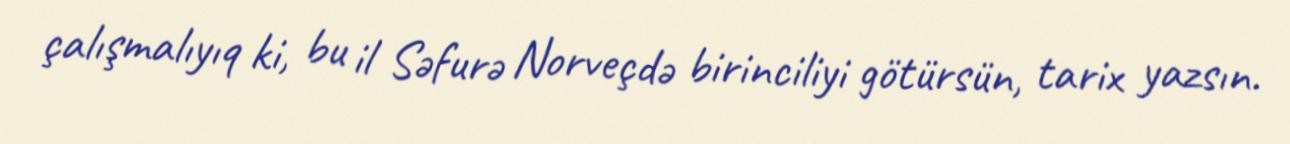
çalışmalıyıq ki, bu il Səfurə Norveçdə birinciliyi götürsün, tarix yazsın.